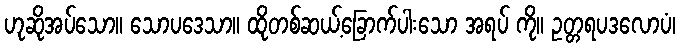
ဟုဆိုအပ်သော။ သောပဒေသာ။ ထိုတစ်ဆယ့်ခြောက်ပါးသော အရပ် ကို။ ဥတ္တရပဒလောပံ၊